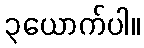
၃ယောက်ပါ။